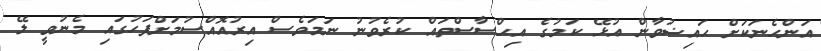
އަންހެނަކަށް ޙައިޟުވާން އުޅޭ ކަމުގެ އިޙްސާސްތައް ކުރެވުނު ނަމަވެސް އިރުއޮއްސުމަށްފަހުގައި މެނުވީ ލޭ